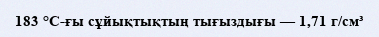
183 °C-ғы сұйықтықтың тығыздығы — 1,71 г/см³